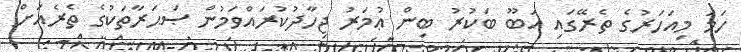
ހަމަ މިއަހަރުގެ ތެރޭގައި އަބޫ ބަކުރު ބިން ޢުމަރު ޖިހާދުކުރައްވަމުން ޞަޙަރާތަކުގެ ތެރެއަށް